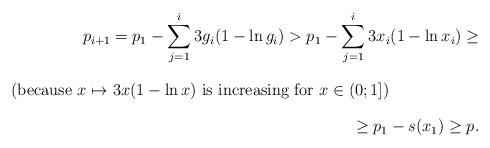
LaTeX: \begin{align*}p_{i+1} = p_1 - \sum_{j=1}^i 3g_i(1-\ln g_i) > p_1 - \sum_{j=1}^i 3x_i(1-\ln x_i) \ge\intertext{(because $x\mapsto 3x(1-\ln x)$ is increasing for $x\in(0;1]$)}\ge p_1 - s(x_1) \ge p.\end{align*}